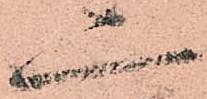
二